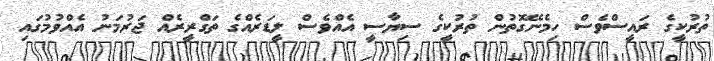
ތުރުކީގެ ރައީސްވެސް ހިމެނޭގޮތުން ތުރުކީގެ ސިޔާސީ އެއްވެސް ލީޑަރެއްގެ ތަގްރީރެއް ޖަރުމަނު އެއްވުމުގައި